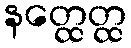
နတ္ထေတ္ထ